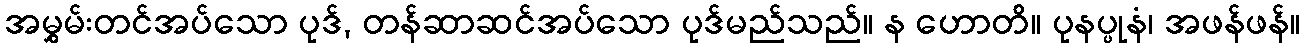
အမွှမ်းတင်အပ်သော ပုဒ်, တန်ဆာဆင်အပ်သော ပုဒ်မည်သည်။ န ဟောတိ။ ပုနပ္ပုနံ၊ အဖန်ဖန်။